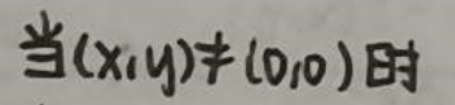
当 $(x,y)\neq(0,0)$ 时